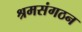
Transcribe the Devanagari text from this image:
श्रमसंगठन